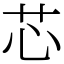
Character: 芯